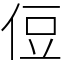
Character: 侸